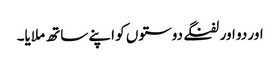
اور دو اور لفنگے دوستوں کو اپنے ساتھ ملایا۔